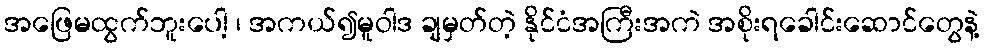
အဖြေမထွက်ဘူးပေါ့ ၊ အကယ်၍မူဝါဒ ချမှတ်တဲ့ နိုင်ငံအကြီးအကဲ အစိုးရခေါင်းဆောင်တွေနဲ့